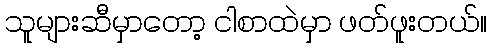
သူများဆီမှာတော့ ငါစာထဲမှာ ဖတ်ဖူးတယ်။